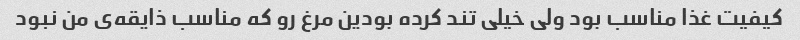
کیفیت غذا مناسب بود ولی خیلی تند کرده بودین مرغ رو که مناسب ذایقه‌ی من نبود